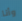
وأنا